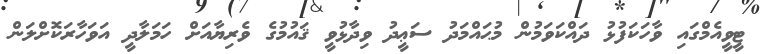
ޓީވީއެމްގައި ވާހަކަފުޅު ދައްކަވަމުން މުޙައްމަދު ސަޢީދު ވިދާޅުވީ ޤައުމުގެ ވެރިޔާއަށް ހަމަލާދީ އަވަހާރަކޮށްލަން